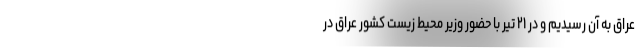
عراق به آن رسیدیم و در ۲۱ تیر با حضور وزیر محیط زیست کشور عراق در